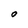
Character: O